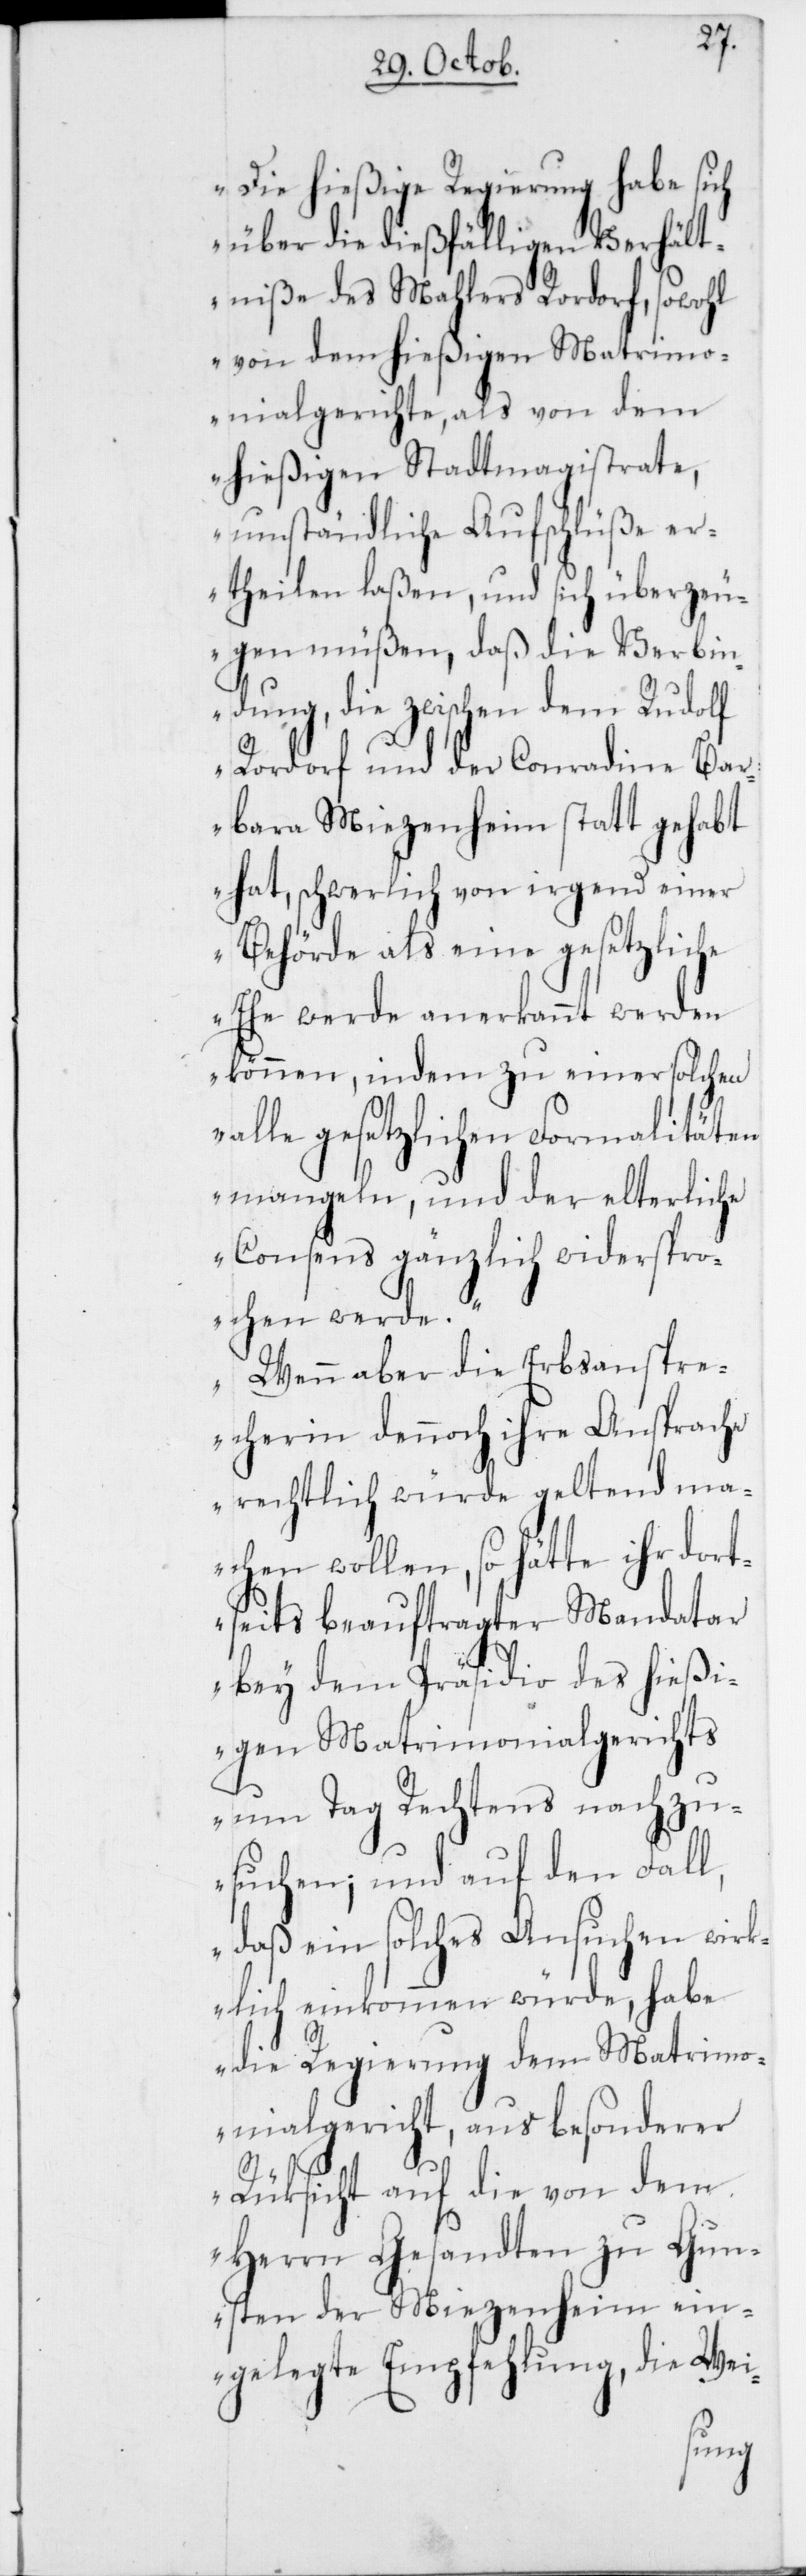
„Die hießige Regierung habe sich
über die dießfälligen Verhält¬
niße des Mahlers Rordorf, sowohl
von dem hießigen Matrimo¬
nialgerichte als von dem
hießigen Stadtmagistrate,
umständliche Aufschlüße er¬
theilen laßen, und sich überzeu¬
gen müßen, daß die Verbin¬
dung, die zwischen dem Rudolf
Rordorf und der Conradine Bar¬
bara Miezenheim statt gehabt
hat, schwerlich von irgend einer
Behörde als eine gesetzliche
Ehe werde anerkannt werden
können, indem zu einer solchen
alle gesetzlichen Formalitäten
mangeln, und der elterliche
Consens gänzlich widerspr¬
ochen werde.
Wenn aber die Erbsanspre¬
cherin dennoch ihre Ansprache
rechtlich würde geltend ma¬
chen wollen, so hätte ihr dort¬
seits beauftragter Mandatar
bey dem Präsidio des hießi¬
gen Matrimonialgerichts
um Tag Rechtens nachzu¬
suchen; und auf den Fall,
daß ein solches Ansuchen wirk¬
lich einkommen würde, habe
die Regierung dem Matrimo¬
nialgericht, aus besonderer
Rüksicht auf die von dem
Herrn Gesandten zu Gun¬
sten der Miezenheim ein¬
ung, die Wie-
Empfehl¬
gelegte